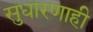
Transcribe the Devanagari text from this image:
सुधारणाही